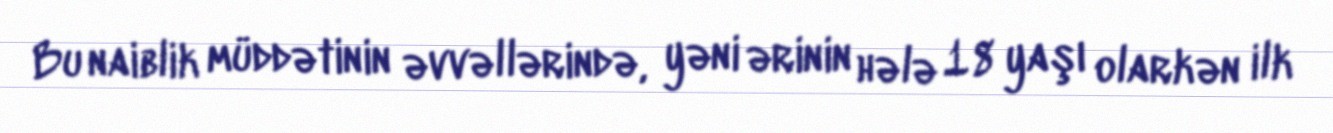
Bu naiblik müddətinin əvvəllərində, yəni ərinin hələ 18 yaşı olarkən ilk